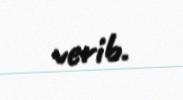
verib.